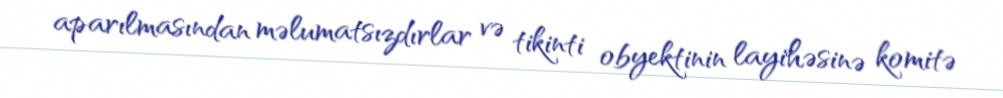
aparılmasından məlumatsızdırlar və tikinti obyektinin layihəsinə komitə